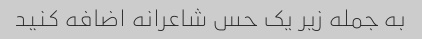
به جمله زیر یک حس شاعرانه اضافه کنید